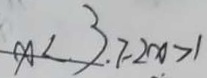
x < 3 . 7 - 2 x > 1